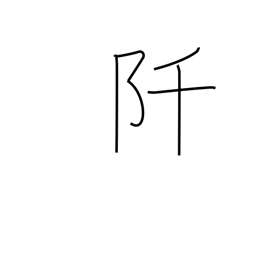
Meaning: thousand